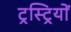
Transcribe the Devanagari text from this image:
ट्रस्ट्रियों